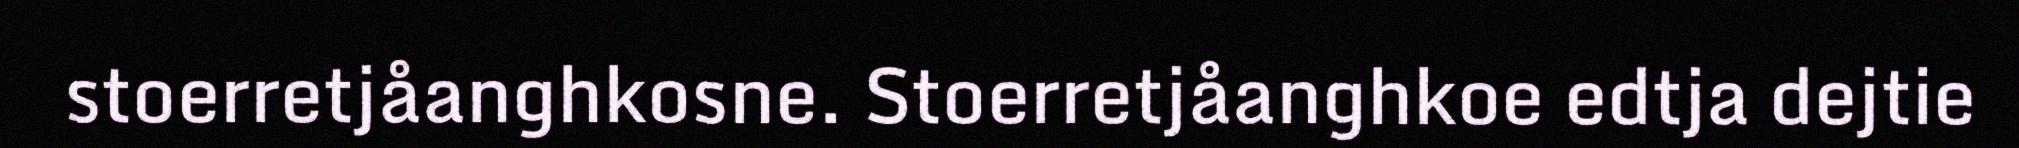
stoerretjåanghkosne. Stoerretjåanghkoe edtja dejtie